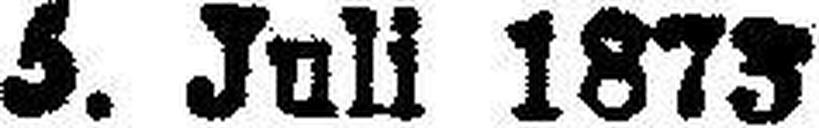
5. Juli 1873